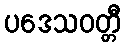
ပဒေသဝတ္တီ